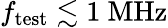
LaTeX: f_{\mathrm{test}}\lesssim 1~\mathrm{MHz}